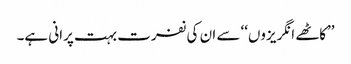
’’کاٹھے انگریزوں‘‘ سے ان کی نفرت بہت پرانی ہے۔